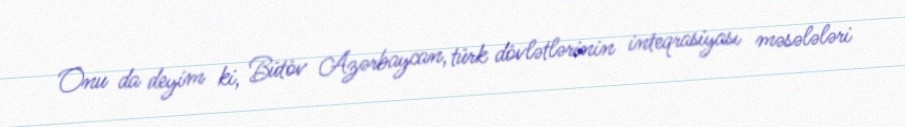
Onu da deyim ki, Bütöv Azərbaycan, türk dövlətlərinin inteqrasiyası məsələləri